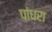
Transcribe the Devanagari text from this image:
पांधरा